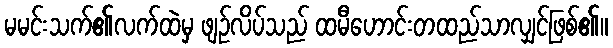
မမင်းသက်၏လက်ထဲမှ ဖျဉ်လိပ်သည် ထမီဟောင်းတထည်သာလျှင်ဖြစ်၏။